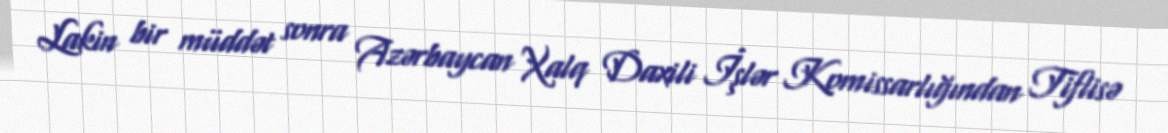
Lakin bir müddət sonra Azərbaycan Xalq Daxili İşlər Komissarlığından Tiflisə